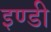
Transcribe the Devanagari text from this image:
इण्डी